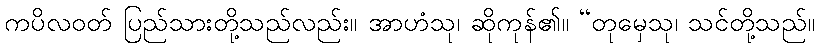
ကပိလဝတ် ပြည်သားတို့သည်လည်း။ အာဟံသု၊ ဆိုကုန်၏။ “တုမှေသု၊ သင်တို့သည်။